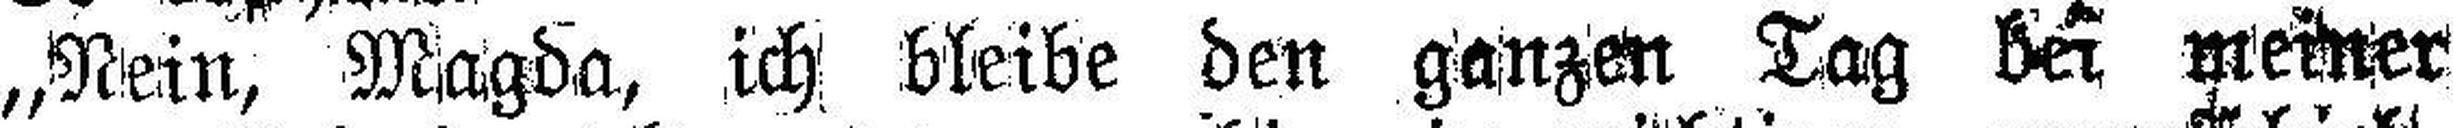
„Nein, Magda, ich bleibe den ganzen Tag bei meiner